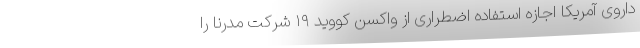
داروی آمریکا اجازه استفاده اضطراری از واکسن کووید ۱۹ شرکت مدرنا را